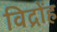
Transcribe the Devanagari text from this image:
विद्रोंह